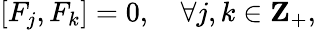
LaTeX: [F_{j},F_{k}]=0,\quad\forall j,k\in{\mathbf Z}_{+},